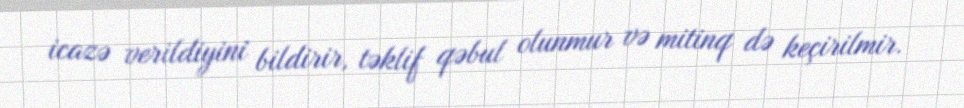
icazə verildiyini bildirir, təklif qəbul olunmur və mitinq də keçirilmir.